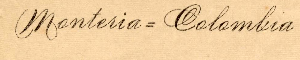
Monteria = Colombia